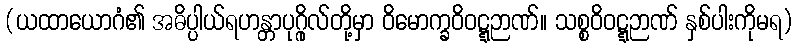
(ယထာယောဂံ၏ အဓိပ္ပါယ်ရဟန္တာပုဂ္ဂိုလ်တို့မှာ ဝိမောက္ခဝိဝဋ္ဋဉာဏ်။ သစ္စဝိဝဋ္ဋဉာဏ် နှစ်ပါးကိုမရ)